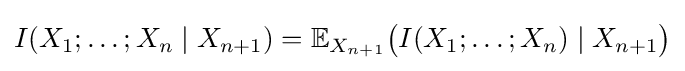
I(X_{1};\ldots ;X_{n}\mid X_{n+1})=\mathbb {E} _{X_{n+1}}{\big (}I(X_{1};\ldots ;X_{n})\mid X_{n+1}{\big )}